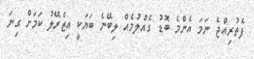
ފެތުރިއްޖެ ނަމަ އެންމެ ބޮޑު ގެއްލުމެއް ލިބޭނެ ބަޔަކީ އިޒްރޭލު ކަމަށް ގިނަ